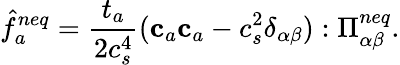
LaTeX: \hat{f}_{a}^{neq}=\frac{t_{a}}{2c_{s}^{4}}(\mathbf{c}_{a}\mathbf{c}_{a}-c_{s}^{2}\delta_{\alpha\beta}):\Pi_{\alpha\beta}^{neq}.